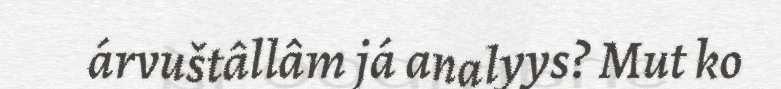
árvuštâllâm já analyys? Mut ko